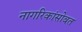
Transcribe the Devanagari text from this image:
नागरिकांसोबत